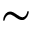
\sim